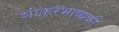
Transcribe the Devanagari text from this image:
शांकरभाष्यकी